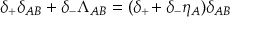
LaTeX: \delta _ { + } \delta _ { A B } + \delta _ { - } \Lambda _ { A B } = ( \delta _ { + } \! + \delta _ { - } \eta _ { A } ) \delta _ { A B }